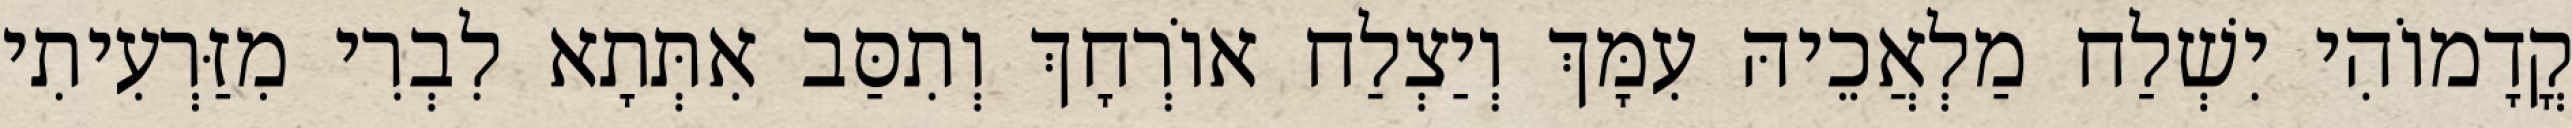
קֳדָמוֹהִי יִשְׁלַח מַלְאֲכֵיהּ עִמָּךְ וְיַצְלַח אוֹרְחָךְ וְתִסַּב אִתְּתָא לִבְרִי מִזַּרְעִיתִי